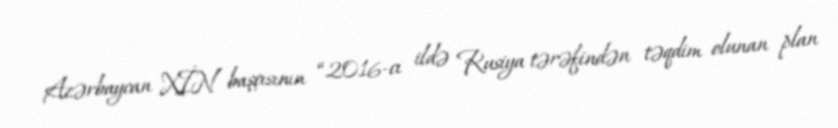
Azərbaycan XİN başçısının “2016-cı ildə Rusiya tərəfindən təqdim olunan plan